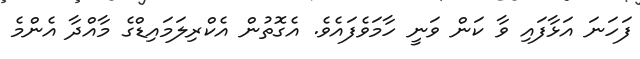
ފަހަނަ އަޅާފައި ވާ ކަން ވަނީ ހާމަވެފައެވެ. އެގޮތުން އެކްރިލަމައިޑްގެ މާއްދާ އެންމެ